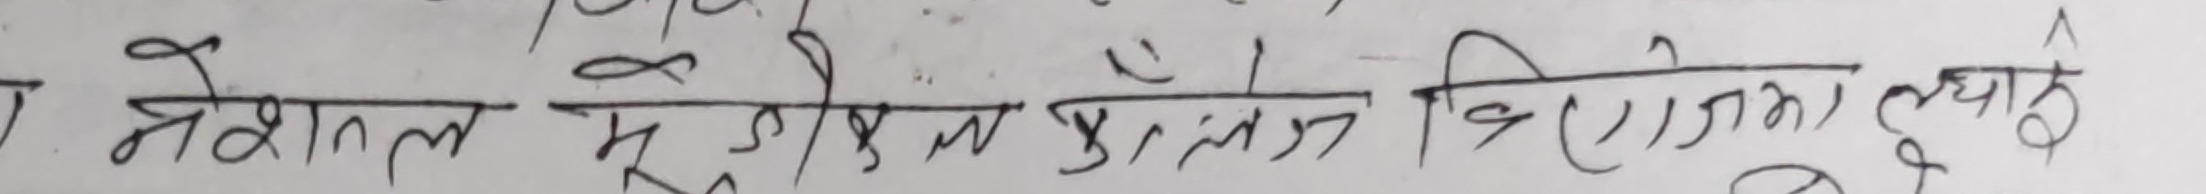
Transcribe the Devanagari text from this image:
नेशनल यू.के. नेपाल कलेज विराटनगर दुवईठो